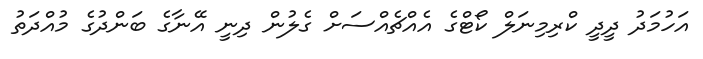
އަހުމަދު ދީދީ ކްރިމިނަލް ކޯޓްގެ އެއްޗެއްސަށް ގެލުން ދިނީ އޭނާގެ ބަންދުގެ މުއްދަތު